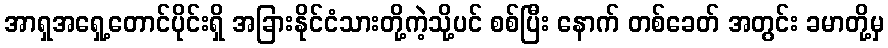
အာရှအရှေ့တောင်ပိုင်းရှိ အခြားနိုင်ငံသားတို့ကဲ့သို့ပင် စစ်ပြီး နောက် တစ်ခေတ် အတွင်း ခမာတို့မှ